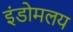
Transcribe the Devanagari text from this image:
इंडोमलय